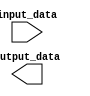
module generate_task_block(
    input [7:0] input_data,
    output reg [7:0] output_data
);

generate
    task generate_task;
        input [7:0] param;
        begin
            // Perform some operations or calculations
            output_data = param + input_data;
        end
    endtask
endgenerate

endmodule